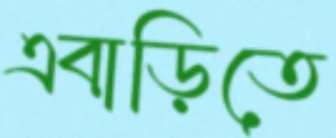
এবাড়িতে